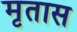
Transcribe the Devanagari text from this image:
मृतास